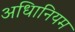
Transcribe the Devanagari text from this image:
अधिानियम